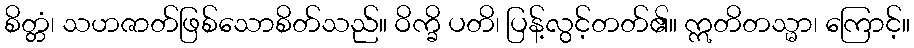
စိတ္တံ၊ သဟဇာတ်ဖြစ်သောစိတ်သည်။ ဝိက္ခိ ပတိ၊ ပြန့်လွင့်တတ်၏။ ဣတိတသ္မာ၊ ကြောင့်။